Annual report on the working of the mental hospitals in the Madras Presidency - 1912-1932
Year: 1912
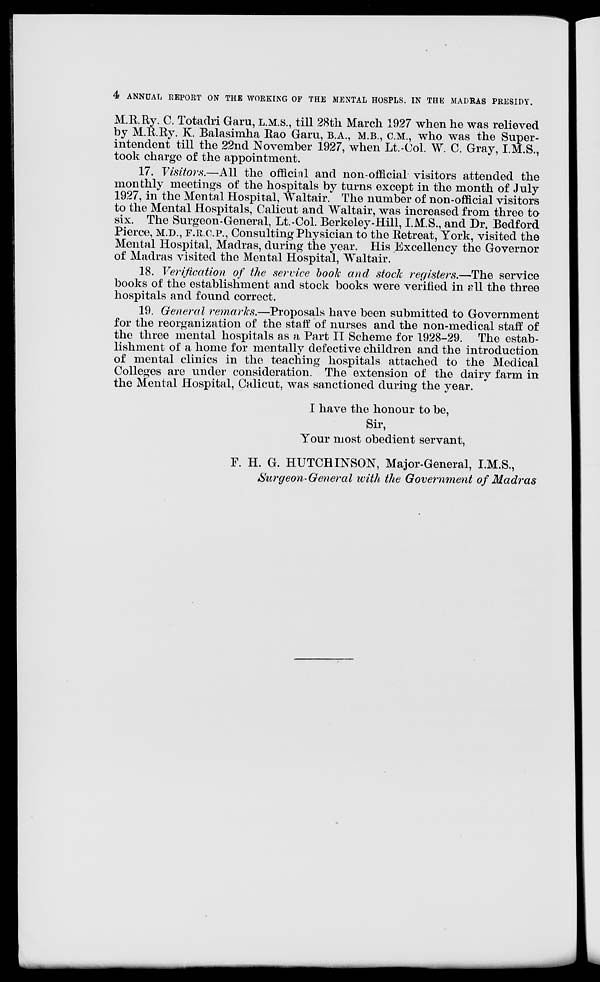
4 ANNUAL REPORT ON THE WORKING OF THE MENTAL HOSPLS. IN THE MADRAS PRESIDY.
M.R.Ry. C. Totadri Garu, L.M.S., till 28th March 1927 when he was relieved
by M.R.Ry. K. Balasimha Rao Garu, B.A., M.B., C.M., who was the Super-
intendent till the 22nd November 1927, when Lt.-Col W. C. Gray, I.M.S.,
took charge of the appointment.
17. Visitors.—All the official and non-official visitors attended the
monthly meetings of the hospitals by turns except in the month of July
1927, in the Mental Hospital, Waltair. The number of non-official visitors
to the Mental Hospitals, Calicut and Waltair, was increased from three to
six. The Surgeon-General, Lt.-Col. Berkeley-Hill, I.M.S., and Dr. Bedford
Pierce, M.D., F.R.C.P., Consulting Physician to the Retreat, York, visited the
Mental Hospital, Madras, during the year. His Excellency the Governor
of Madras visited the Mental Hospital, Waltair.
18. Verification of the service book and stock registers.—The service
books of the establishment and stock books were verified in all the three
hospitals and found correct.
19. General remarks.—Proposals have been submitted to Government
for the reorganization of the staff of nurses and the non-medical staff of
the three mental hospitals as a Part II Scheme for 1928-29. The estab-
lishment of a home for mentally defective children and the introduction
of mental clinics in the teaching hospitals attached to the Medical
Colleges are under consideration. The extension of the dairy farm in
the Mental Hospital, Calicut, was sanctioned during the year.
I have the honour to be,
Sir,
Your most obedient servant,
F. H. G. HUTCHINSON, Major-General, I.M.S.,
Surgeon-General with the Government of Madras